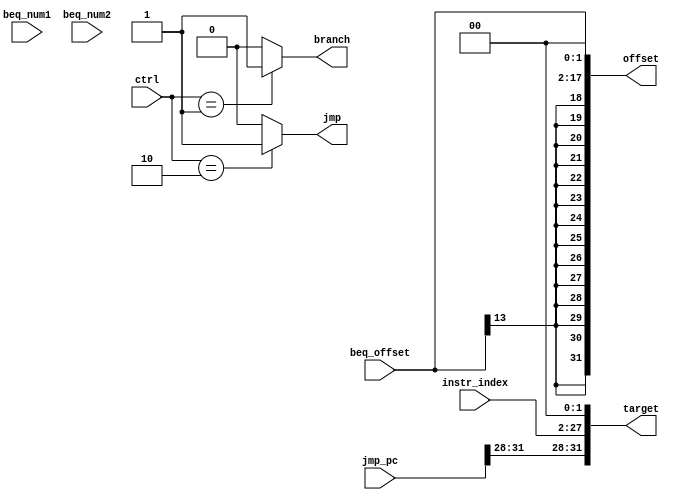
`timescale 1ns / 1ps

module br_unit(
    input [1:0] ctrl,
    
    input [25:0] instr_index,
    
    input [31:0] beq_num1,
    input [31:0] beq_num2,
    input [15:0] beq_offset,
    input [31:0] jmp_pc,
    
    output jmp,
    output branch,
    output [31:0] offset,
    output [31:0] target
    );
    
    /*reg _branch;
    reg _jmp;
    
    always @(ctrl) begin
        case(ctrl)    
            2'b01: begin
                    _branch <= (beq_num1 == beq_num2) ? 1:0;
                end
            2'b10:  _jmp <= 1;
            default:   _jmp <= 0;
        endcase
    end
    
    assign branch = _branch;
    assign jmp = _jmp;*/
    //assign branch = (beq_num1 == beq_num2) ? 1:0
   // assign jmp = 1;
   //assign branch = ( (ctrl == 2'b01) && (beq_num1 == beq_num2)) ? 1:0;
   assign branch = ( ctrl == 2'b01 ) ? 1:0;
   assign jmp = (ctrl == 2'b10) ? 1:0;
    
    wire [17:0] beq_shift = {beq_offset,2'b0};
    assign offset = {{14{beq_shift[15]}},beq_shift};
    
    assign target = {jmp_pc[31:28], instr_index, 2'b0};
    
endmodule